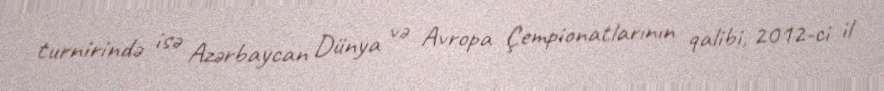
turnirində isə Azərbaycan Dünya və Avropa Çempionatlarının qalibi, 2012-ci il